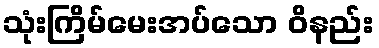
သုံးကြိမ်မေးအပ်သော ဝိနည်း